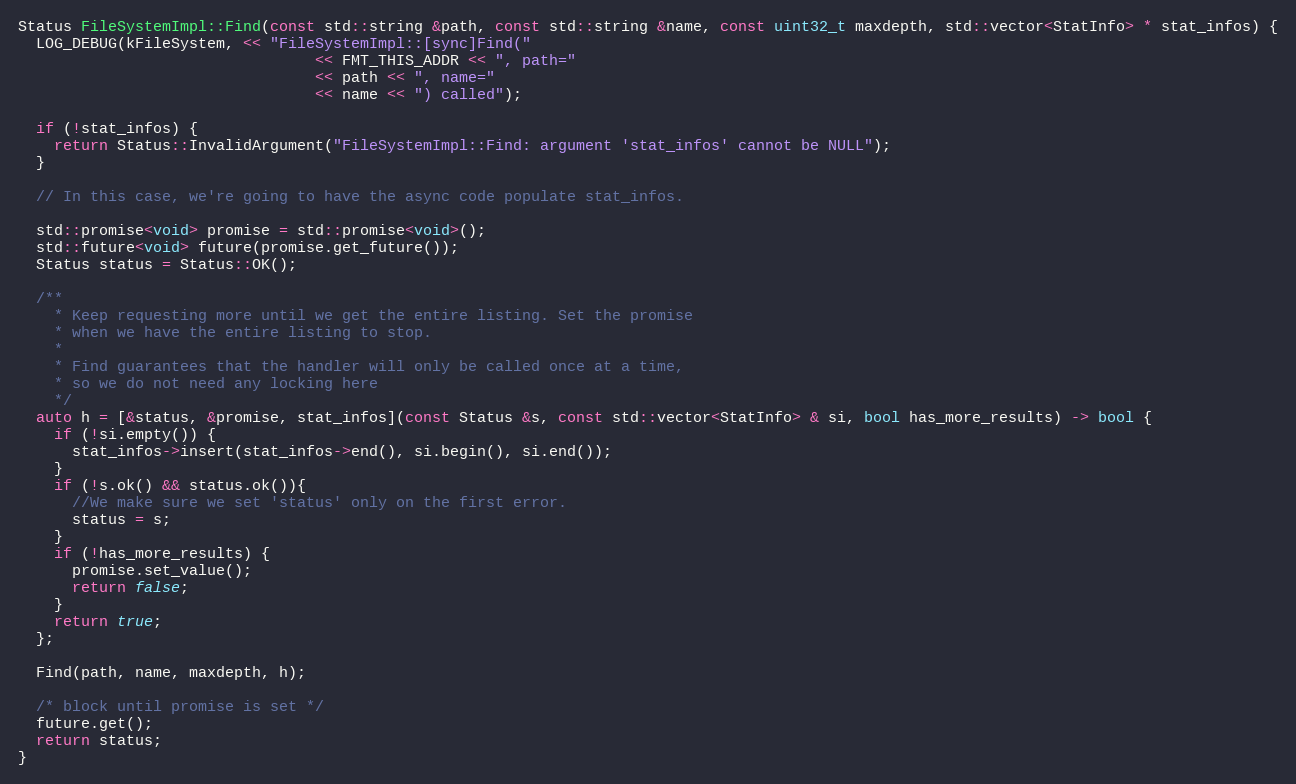
Language: C++
Status FileSystemImpl::Find(const std::string &path, const std::string &name, const uint32_t maxdepth, std::vector<StatInfo> * stat_infos) {
  LOG_DEBUG(kFileSystem, << "FileSystemImpl::[sync]Find("
                                 << FMT_THIS_ADDR << ", path="
                                 << path << ", name="
                                 << name << ") called");

  if (!stat_infos) {
    return Status::InvalidArgument("FileSystemImpl::Find: argument 'stat_infos' cannot be NULL");
  }

  // In this case, we're going to have the async code populate stat_infos.

  std::promise<void> promise = std::promise<void>();
  std::future<void> future(promise.get_future());
  Status status = Status::OK();

  /**
    * Keep requesting more until we get the entire listing. Set the promise
    * when we have the entire listing to stop.
    *
    * Find guarantees that the handler will only be called once at a time,
    * so we do not need any locking here
    */
  auto h = [&status, &promise, stat_infos](const Status &s, const std::vector<StatInfo> & si, bool has_more_results) -> bool {
    if (!si.empty()) {
      stat_infos->insert(stat_infos->end(), si.begin(), si.end());
    }
    if (!s.ok() && status.ok()){
      //We make sure we set 'status' only on the first error.
      status = s;
    }
    if (!has_more_results) {
      promise.set_value();
      return false;
    }
    return true;
  };

  Find(path, name, maxdepth, h);

  /* block until promise is set */
  future.get();
  return status;
}